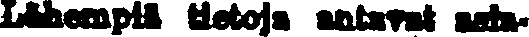
Lähempiä tietoja antavat asia-